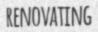
RENOVATING